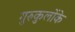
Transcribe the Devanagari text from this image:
गुरुकुलोंके